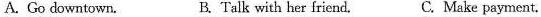
A. Go downtown, B. Talk with her friend. C. Make payment.